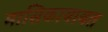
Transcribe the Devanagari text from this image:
मासिकाबाबत